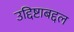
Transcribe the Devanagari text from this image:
उद्दिष्टाबद्दल